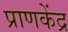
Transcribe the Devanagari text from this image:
प्राणकेंद्र